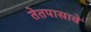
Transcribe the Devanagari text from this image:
तेतपासावे